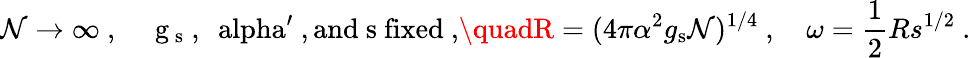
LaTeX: \mathcal{N}\to\infty\ ,\quad\mathrm{{~g_{\mathrm{{~s}}}~,~\ alpha^{\prime}~,and~s~fixed\ ,}}\quadR=(4\pi\alpha^{2}g_{\mathrm{{s}}}\mathcal{N})^{1/4}\ ,\quad\omega=\frac{{1}}{{2}}Rs^{1/2}\ .